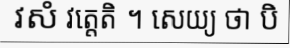
វសំ វត្តេតិ ។ សេយ្យ ថា បិ